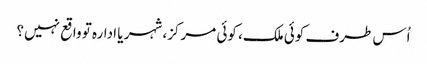
اُس طرف کوئی ملک، کوئی مرکز، شہر یا ادارہ تو واقع نہیں؟